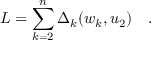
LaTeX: L = \sum _ { k = 2 } ^ { n } \Delta _ { k } ( w _ { k } , u _ { 2 } ) \quad .